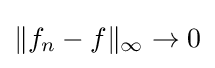
\|f_{n}-f\|_{\infty }\to 0